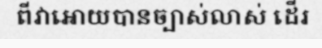
ពីវាអោយបានច្បាស់លាស់ ដើរ